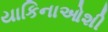
યાકિનાઓશી